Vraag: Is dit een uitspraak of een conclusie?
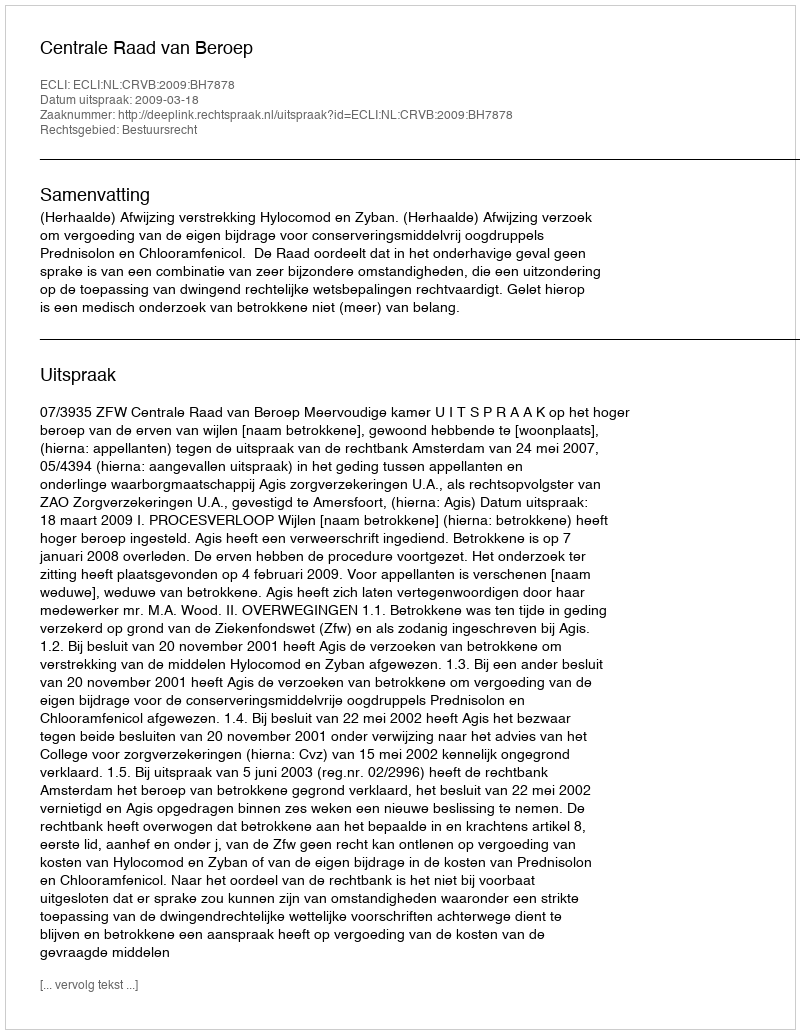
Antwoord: Uitspraak